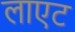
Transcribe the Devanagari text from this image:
लाएट